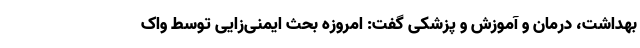
بهداشت، درمان و آموزش و پزشکی گفت: امروزه بحث ایمنی‌زایی توسط واک